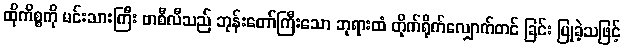
ထိုကိစ္စကို မင်းသားကြီး ဗာစီလီသည် ဘုန်းတော်ကြီးသော ဘုရားထံ တိုက်ရိုက်လျှောက်တင် ခြင်း ပြုခဲ့သဖြင့်